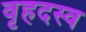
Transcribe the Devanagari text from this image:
वृहदस्व